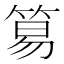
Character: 𥮬